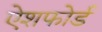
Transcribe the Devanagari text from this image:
ऐशफोर्ड